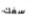
سفك